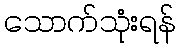
သောက်သုံးရန်